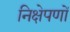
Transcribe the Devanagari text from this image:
निक्षेपणों